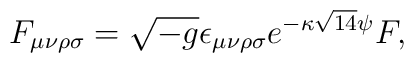
{F_{\mu\nu\rho\sigma}=\sqrt{-g}\epsilon_{\mu\nu\rho\sigma}e^{-\kappa\sqrt{14}\psi}F,}